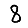
Digit: 8